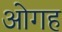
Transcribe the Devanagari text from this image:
ओगह